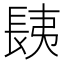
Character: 𨱾